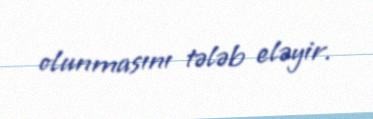
olunmasını tələb eləyir.